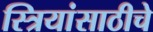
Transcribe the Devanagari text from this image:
स्त्रियांसाठीचे